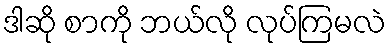
ဒါဆို စာကို ဘယ်လို လုပ်ကြမလဲ